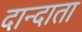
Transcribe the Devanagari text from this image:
दान्दाता